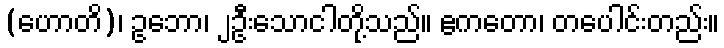
(ဟောတိ)၊ ဥဘော၊ ၂ဦးသောငါတို့သည်။ ဧကတော၊ တပေါင်းတည်း။